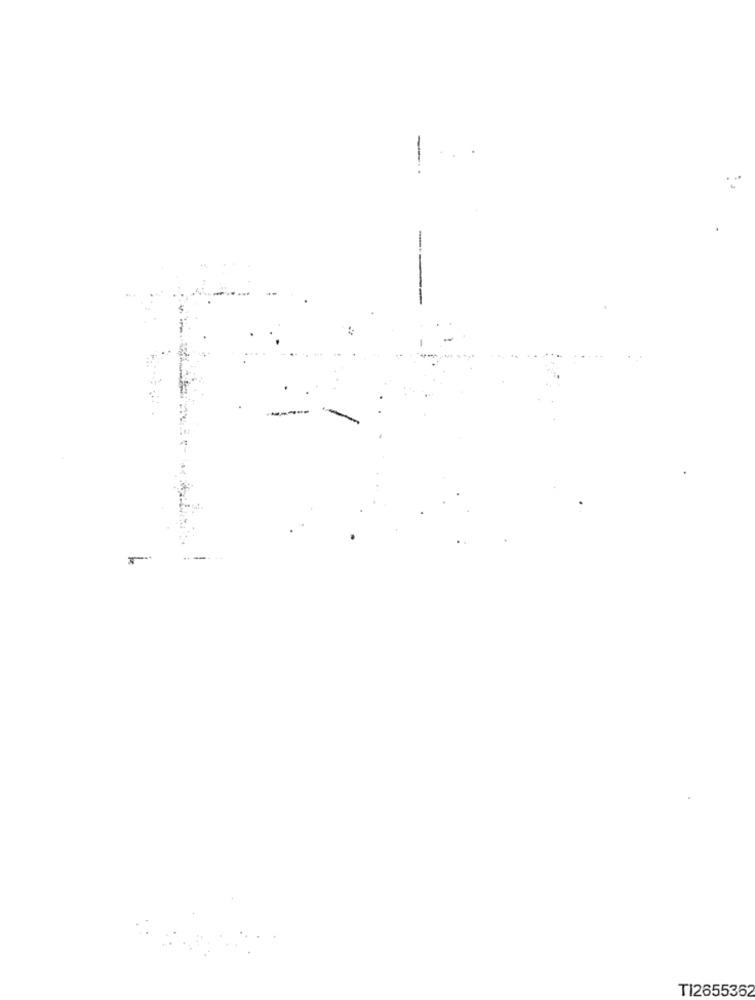
-
TI2655362